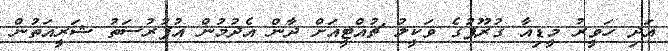
އަދި ހަވީރު މީޑިއާ ގުރޫޕުގެ ވަކީލު ޗުއްޓީއަށް ދާން އެދުމުން އުފުރުސަތު ޝަރީއަތުން